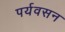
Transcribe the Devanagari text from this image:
पर्यवसन